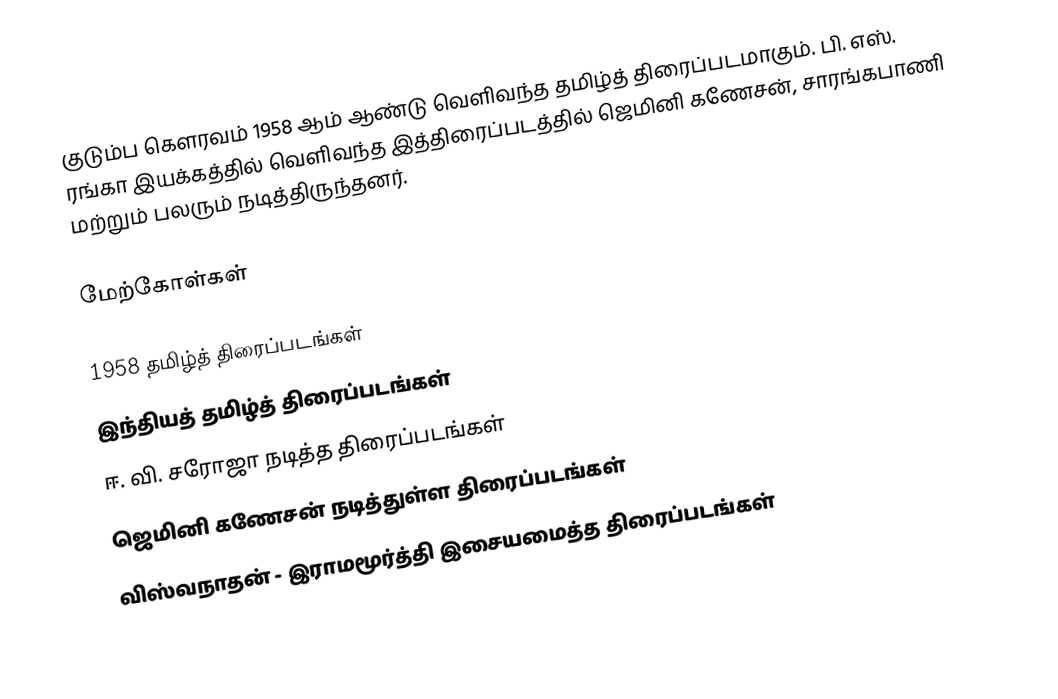
குடும்ப கௌரவம் 1958 ஆம் ஆண்டு வெளிவந்த தமிழ்த் திரைப்படமாகும். பி. எஸ். ரங்கா இயக்கத்தில் வெளிவந்த இத்திரைப்படத்தில் ஜெமினி கணேசன், சாரங்கபாணி மற்றும் பலரும் நடித்திருந்தனர்.

மேற்கோள்கள்

1958 தமிழ்த் திரைப்படங்கள்
இந்தியத் தமிழ்த் திரைப்படங்கள்
ஈ. வி. சரோஜா நடித்த திரைப்படங்கள்
ஜெமினி கணேசன் நடித்துள்ள திரைப்படங்கள்
விஸ்வநாதன் - இராமமூர்த்தி இசையமைத்த திரைப்படங்கள்